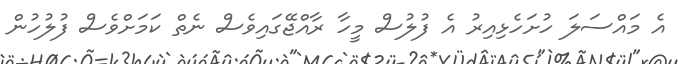
އެ މައްސަލަ ހުށަހެޅިއިރު އެ ފުލުސް މީހާ ރާއްޖޭގައިވެސް ނެތް ކަމަށްވެސް ފުލުހުން